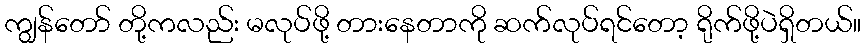
ကျွန်တော် တို့ကလည်း မလုပ်ဖို့ တားနေတာကို ဆက်လုပ်ရင်တော့ ရိုက်ဖို့ပဲရှိတယ်။